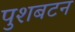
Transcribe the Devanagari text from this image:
पुशबटन